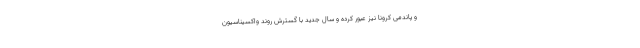
و پاندمی کرونا نیز عبور کرده و سال جدید با گسترش روند واکسیناسیون